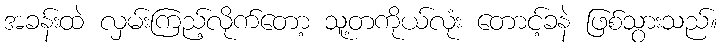
အခန်းထဲ လှမ်းကြည့်လိုက်တော့ သူ့တကိုယ်လုံး တောင့်ခနဲ ဖြစ်သွားသည်။